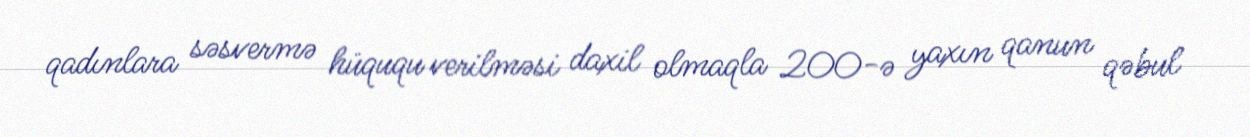
qadınlara səsvermə hüququ verilməsi daxil olmaqla 200-ə yaxın qanun qəbul